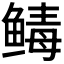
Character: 𬶡